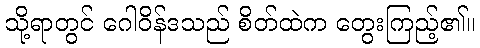
သို့ရာတွင် ဂေါဝိန်ဒသည် စိတ်ထဲက တွေးကြည့်၏။